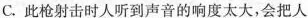
C.此枪射击时人听到声音的响度太大，会把人